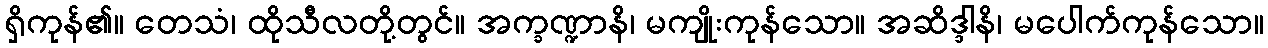
ရှိကုန်၏။ တေသံ၊ ထိုသီလတို့တွင်။ အက္ခဏ္ဍာနိ၊ မကျိုးကုန်သော။ အဆိဒ္ဒါနိ၊ မပေါက်ကုန်သော။